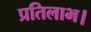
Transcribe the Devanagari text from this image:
प्रतिलाभ।